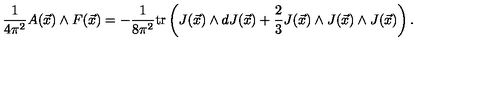
\frac { 1 } { 4 \pi ^ { 2 } } A ( \vec { x } ) \wedge F ( \vec { x } ) = - \frac { 1 } { 8 \pi ^ { 2 } } \mathrm { t r } \left( J ( \vec { x } ) \wedge d J ( \vec { x } ) + \frac { 2 } { 3 } J ( \vec { x } ) \wedge J ( \vec { x } ) \wedge J ( \vec { x } ) \right) .